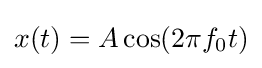
x(t)=A\cos(2\pi f_{0}t)